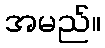
အမည်။